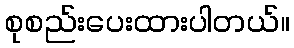
စုစည်းပေးထားပါတယ်။